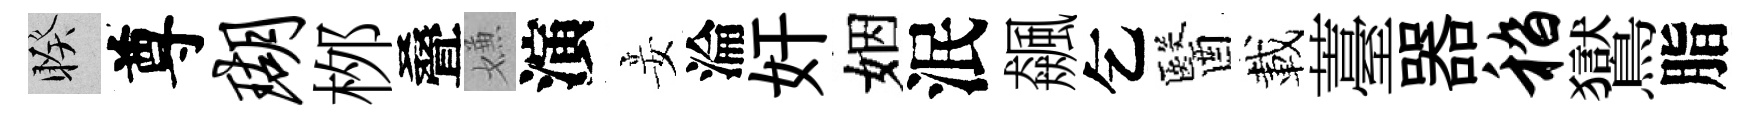
睽尊瑚桞叠嫌演妾淪奸姻泯飆乞醫載薹器嵇鸑脂